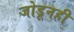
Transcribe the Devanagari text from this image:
जोडूनही